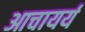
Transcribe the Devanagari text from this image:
आचायर्य